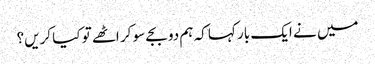
میں نے ایک بار کہا کہ ہم دو بجے سو کر اٹھے تو کیا کریں؟